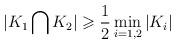
LaTeX: \begin{align*} |K_1\bigcap K_2|\geqslant\frac12\min\limits_{i=1,2}|K_i|\end{align*}